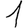
Digit: 1